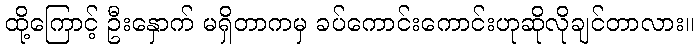
ထို့ကြောင့် ဦးနှောက် မရှိတာကမှ ခပ်ကောင်းကောင်းဟုဆိုလိုချင်တာလား။